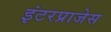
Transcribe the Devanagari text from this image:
इंटरप्राजेस